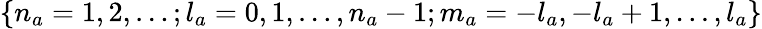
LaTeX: {\{ n_{a}=1,2,\dots;l_{a}=0,1,\dots,n_{a}-1;m_{a}=-l_{a},-l_{a}+1,\dots,l_{a}\} }